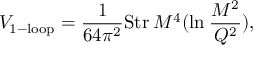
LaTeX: V _ { \mathrm { 1 - l o o p } } = { \frac { 1 } { 6 4 \pi ^ { 2 } } } \mathrm { S t r } \: M ^ { 4 } ( \mathrm { l n } \: { \frac { M ^ { 2 } } { Q ^ { 2 } } } ) ,